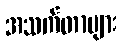
အသက်တာများ